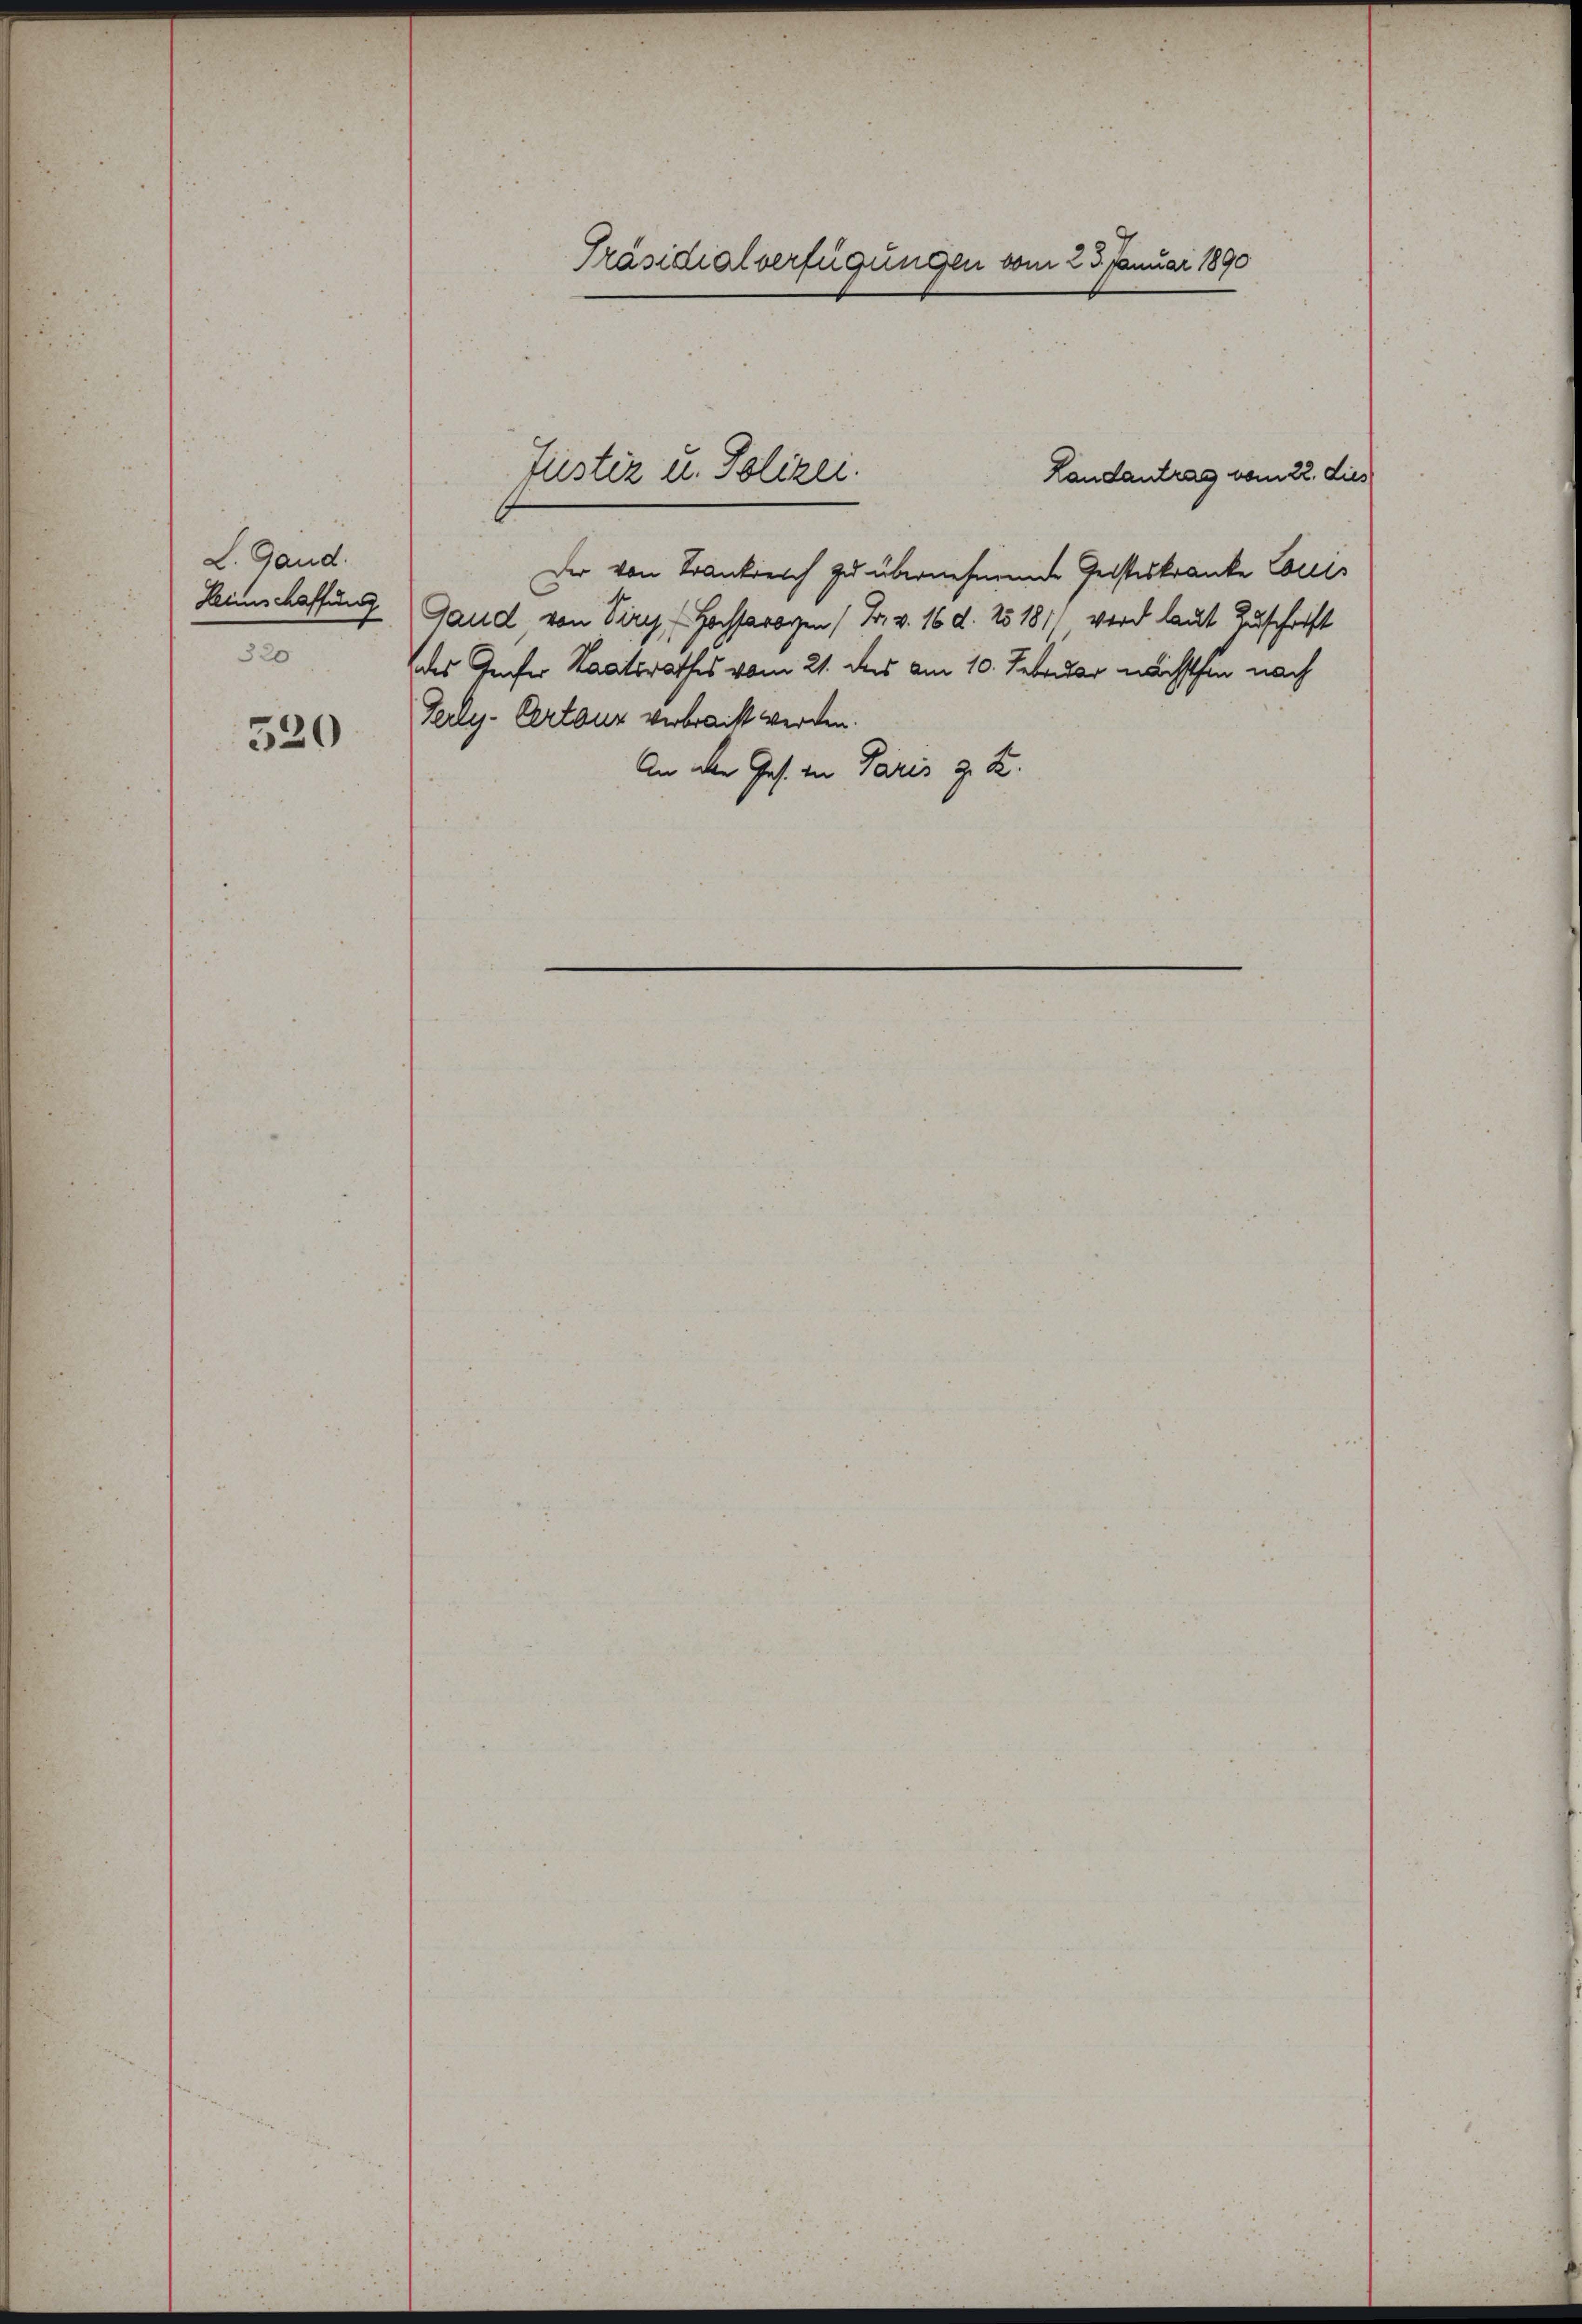
L. Gand.
Heimschaffung
320

520

Präsidialverfügungen vom 23. Januar 1890

Der von Trankreich zu übernehmene Geisteskranke Louis
Gaud von Virg, Hochsarogen (Fr. v. 16. d. 25181, wird laut Zuschrift
des Genfer Staatsrathes vom 21. des am 10. Februar nächsthin nach
Terly-Certaus verbracht werden.
An der Ges. an Paris z. Z.

Justiz u. Polizei.
Landantrag vom 22. dies